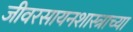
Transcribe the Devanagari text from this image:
जीवरसायनशास्त्राच्या